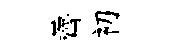
薺初